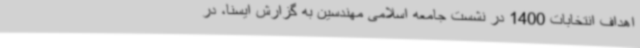
اهداف انتخابات 1400 در نشست جامعه اسلامی مهندسین به گزارش ایسنا، در